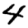
Digit: 4